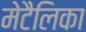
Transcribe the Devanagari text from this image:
मेटैलिका